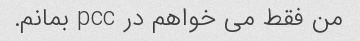
من فقط می خواهم در pcc بمانم.